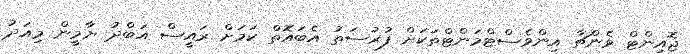
ޖޮއިންޓް ވެންޗާ އިންވެސްޓްމަންޓްތަކަށް ފުރުސަތު އެބައޮތް ކަމަށް ރައީސް އަބްދު ޔާމީން މިއަދު